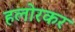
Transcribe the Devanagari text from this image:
हलोरकर